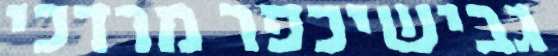
גבישיכפר מרדכי